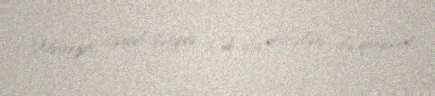
Mvanza, cənub-şərqdə Çikvava dairələri ilə qonşudur.